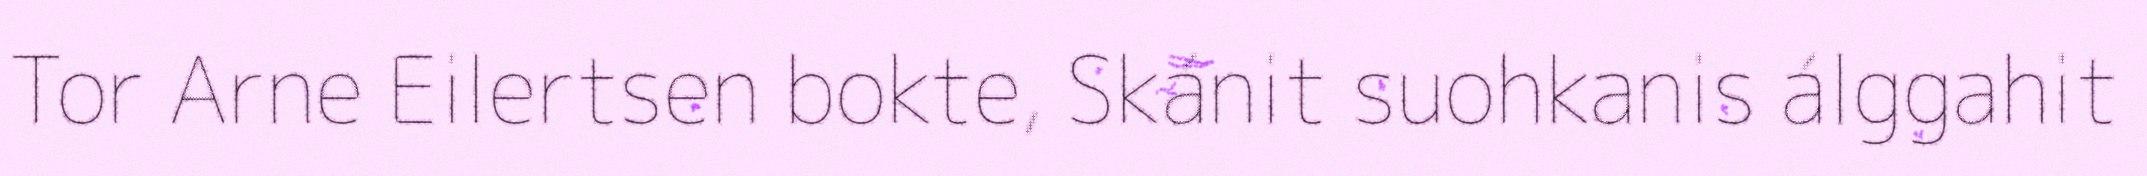
Tor Arne Eilertsen bokte, Skánit suohkanis álggahit